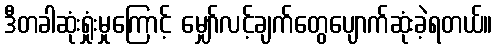
ဒီတခါဆုံးရှုံးမှုကြောင့် မျှော်လင့်ချက်တွေပျောက်ဆုံးခဲ့ရတယ်။